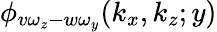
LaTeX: \phi_{v\omega_{z}-w\omega_{y}}(k_{x},k_{z};y)